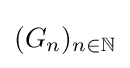
(G_{n})_{n\in \mathbb {N} }